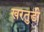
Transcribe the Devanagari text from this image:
खरतुडी